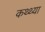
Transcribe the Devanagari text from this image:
कथ्थ्या